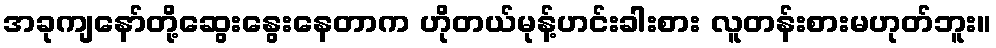
အခုကျနော်တို့ဆွေးနွေးနေတာက ဟိုတယ်မုန့်ဟင်းခါးစား လူတန်းစားမဟုတ်ဘူး။